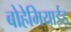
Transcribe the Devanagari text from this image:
बोहेमियाईइ